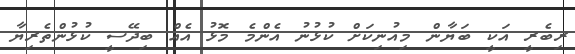
ރިބެރީ އަކީ ބަޔާން މިއުނިކަށް ކުޅުނު އެންމެ މޮޅު އެއް ބިދޭސީ ކުޅުންތެރިޔާ